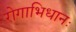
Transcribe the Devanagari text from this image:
रोगाभिधानः